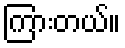
ကြားတယ်။